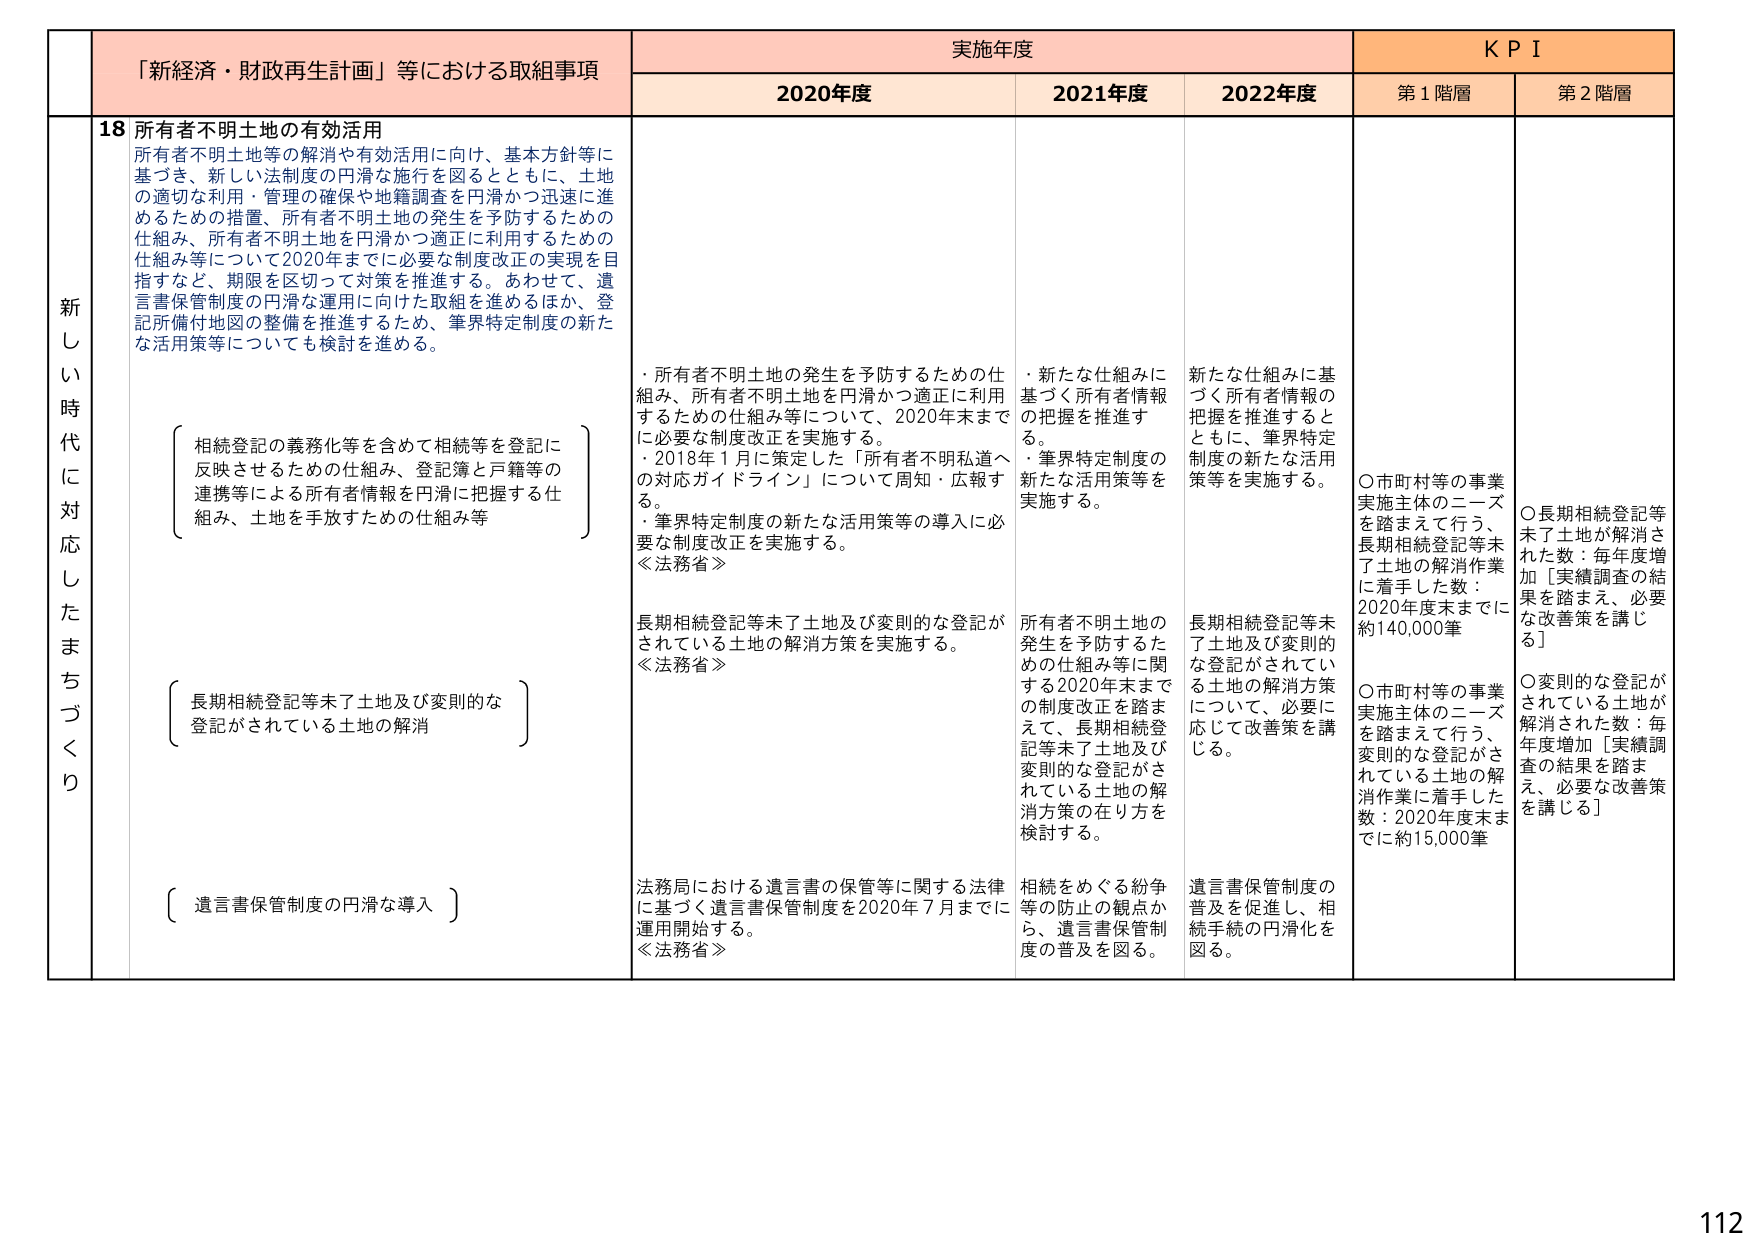
「新経済・財政再生計画」等における取組事項
実施年度
KPI

2020年度
2021年度
2022年度
第1階層
第2階層

新しき時代に対応したまちづくり
18 所有者不明土地の有効活用
所有者不明土地等の解消や有効活用に向け、基本方針等に基づき、新しい法制度の円滑な施行を図るとともに、土地の適切な利用・管理の確保や地籍調査を円滑かつ迅速に進めるための措置、所有者不明土地の発生を予防するための仕組み、所有者不明土地を円滑かつ適正に利用するための仕組み等について2020年までに必要な制度改正の実現を目指すなど、期限を区切って対策を推進する。あわせて、遺言書保管制度の円滑な運用に向けた取組を進めるほか、登記所備付地図の整備を推進するため、筆界特定制度の新たな活用策等についても検討を進める。

（相続登記の義務化等を含めて相続等を登記に反映させるための仕組み、登記簿と戸籍等の連携等による所有者情報を円滑に把握する仕組み、土地を手放すための仕組み等）

（長期相続登記等未了土地及び変則的な登記がされている土地の解消）

（遺言書保管制度の円滑な導入）

・所有者不明土地の発生を予防するための仕組み、所有者不明土地を円滑かつ適正に利用するための仕組み等について、2020年末までに必要な制度改正を実施する。
・2018年1月に策定した「所有者不明私道への対応ガイドライン」について周知・広報する。
・筆界特定制度の新たな活用策等の導入に必要な制度改正を実施する。
≪法務省≫

長期相続登記等未了土地及び変則的な登記がされている土地の解消方策を実施する。
≪法務省≫

法務局における遺言書の保管等に関する法律に基づく遺言書保管制度を2020年7月までに運用開始する。
≪法務省≫

・新たな仕組みに基づく所有者情報の把握を推進する。
・筆界特定制度の新たな活用策等を実施する。

所有者不明土地の発生を予防するための仕組み等に関する2020年末までの制度改正を踏まえて、長期相続登記等未了土地及び変則的な登記がされている土地の解消方策の在り方を検討する。

相続をめぐる紛争等の防止の観点から、遺言書保管制度の普及を図る。

新たな仕組みに基づく所有者情報の把握を推進するとともに、筆界特定制度の新たな活用策等を実施する。

長期相続登記等未了土地及び変則的な登記がされている土地の解消方策について、必要に応じて改善策を講じる。

遺言書保管制度の普及を促進し、相続手続の円滑化を図る。

○市町村等の事業実施主体のニーズを踏まえて行う、長期相続登記等未了土地の解消作業に着手した数：2020年度末までに約140,000筆

○市町村等の事業実施主体のニーズを踏まえて行う、変則的な登記がされている土地の解消作業に着手した数：2020年度末までに約15,000筆

○長期相続登記等未了土地が解消された数：毎年度増加［実績調査の結果を踏まえ、必要な改善策を講じる］

○変則的な登記がされている土地が解消された数：毎年度増加［実績調査の結果を踏まえ、必要な改善策を講じる］

112